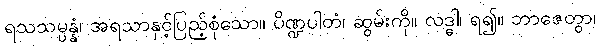
ရသသမ္ပန္နံ၊ အရသာနှင့်ပြည့်စုံသော။ ပိဏ္ဍပါတံ၊ ဆွမ်းကို။ လဒ္ဓါ၊ ရ၍။ ဘာဇေတွာ၊